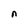
Character: n